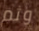
وثم